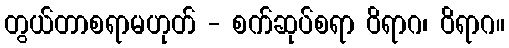
တွယ်တာစရာမဟုတ် - စက်ဆုပ်စရာ ဝိရာဂ၊ ဝိရာဂ။